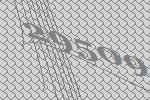
29509